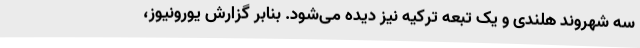
سه شهروند هلندی و یک تبعه ترکیه نیز دیده می‌شود. بنابر گزارش یورونیوز،